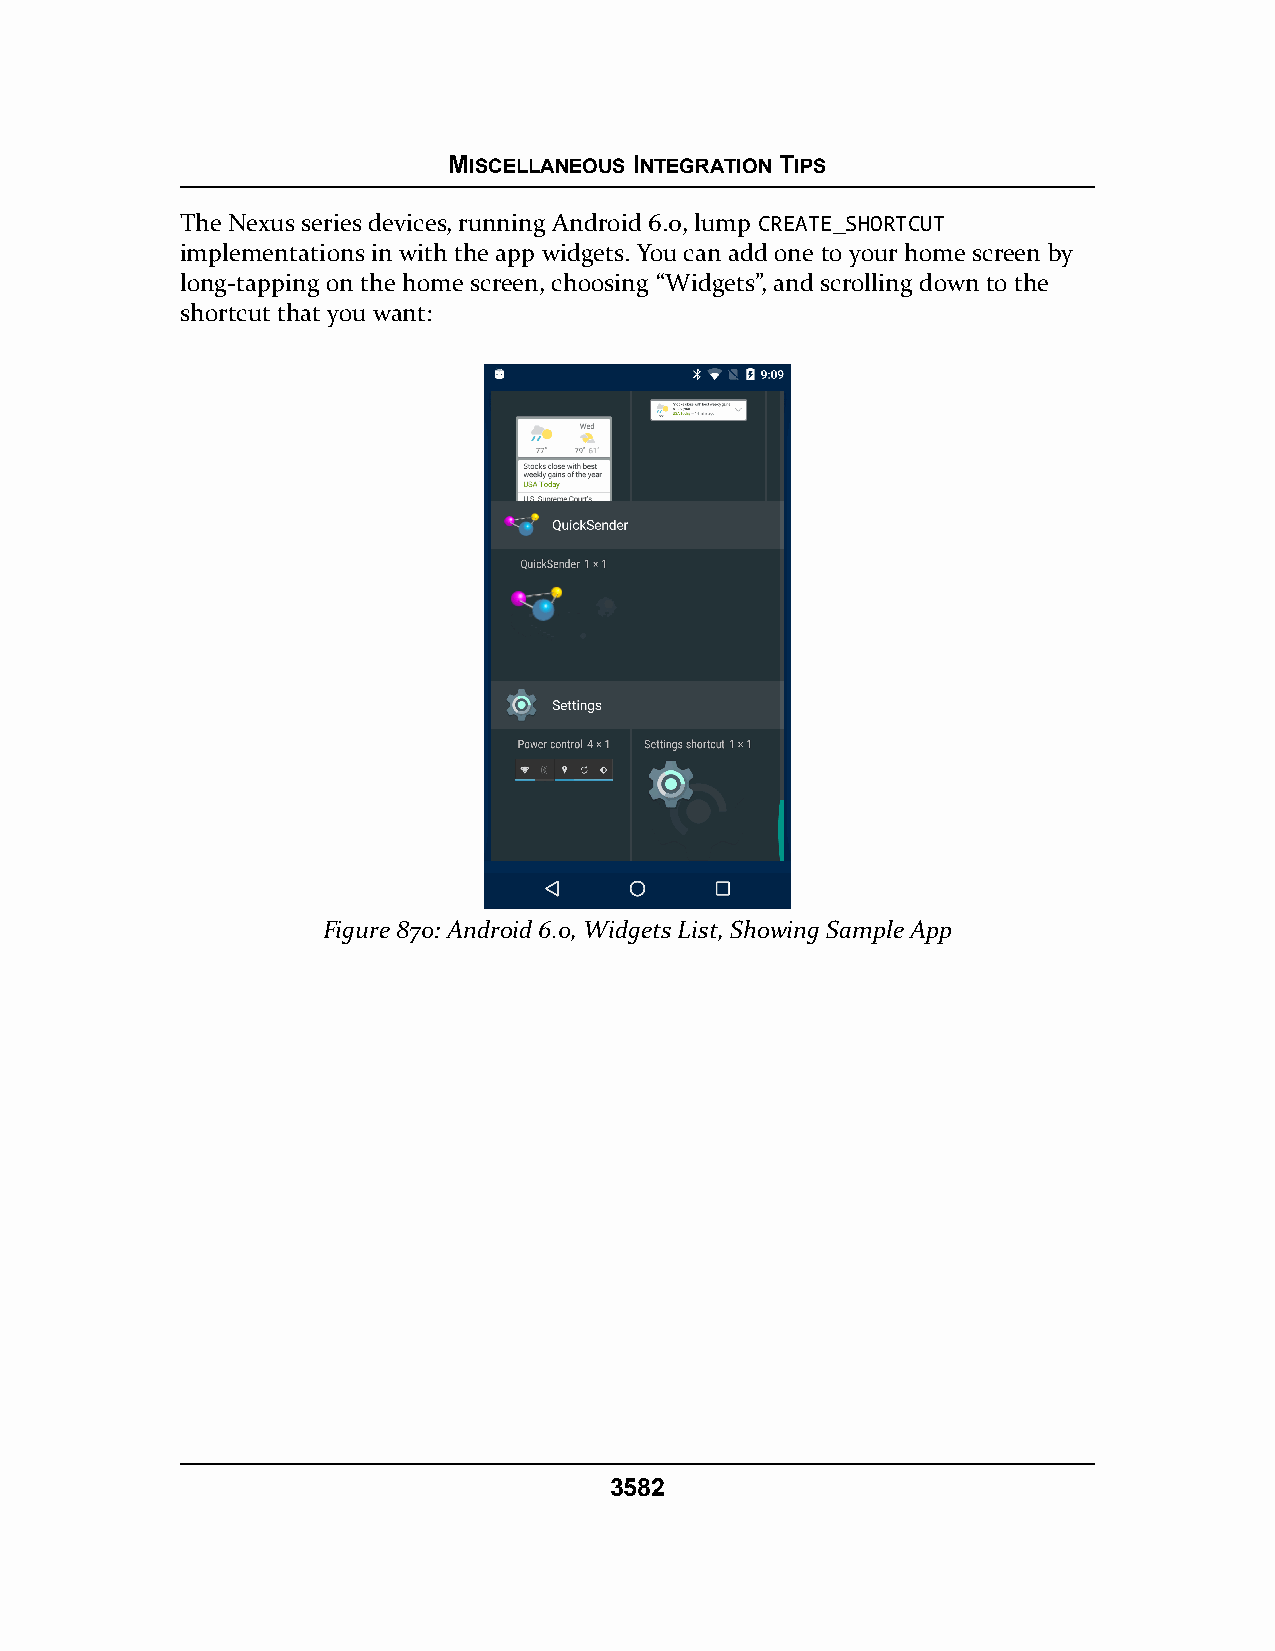
MISCELLANEOUS INTEGRATION TIPS
 The Nexus series devices, running Android 6.0, lump CREATE_SHORTCUT
 implementations in with the app widgets. You can add one to your home screen by
 long-tapping on the home screen, choosing “Widgets”, and scrolling down to the
 shortcut that you want:
 Figure 870: Android 6.0, Widgets List, Showing Sample App
 3582